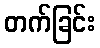
တက်ခြင်း